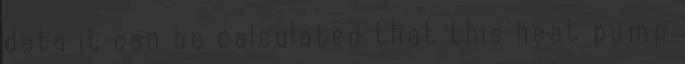
data it can be calculated that this heat pump